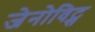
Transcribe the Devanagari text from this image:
जेनोविट्स